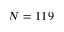
N = 1 1 9